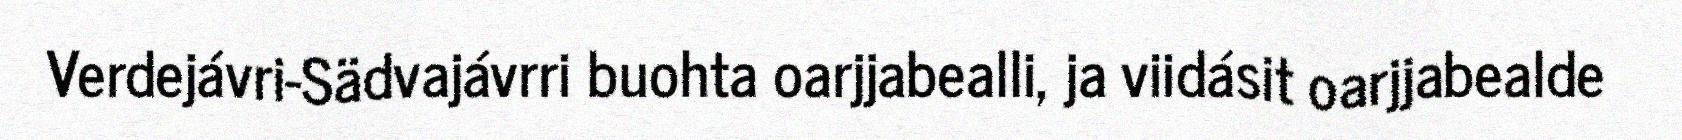
Verdejávri-Sädvajávrri buohta oarjjabealli, ja viidásit oarjjabealde